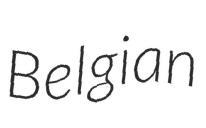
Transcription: Belgian